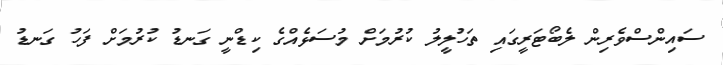
ސައިންސްވެރިން ލެބޯޓަރީގައި ތަހުލީލު ކުރުމަށް މުސަޅެއްގެ ކިޑްނީ ގަނޑު ކުރުމަށް ފަހު ގަނޑު